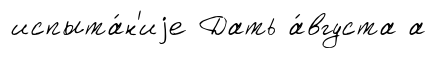
испыта́н'иjе Дать а́вгуста а